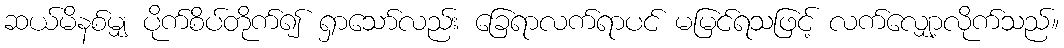
ဆယ်မိနစ်မျှ ပိုက်စိပ်တိုက်၍ ရှာသော်လည်း ခြေရာလက်ရာပင် မမြင်ရသဖြင့် လက်လျှော့လိုက်သည်။